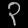
Digit: ၃